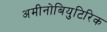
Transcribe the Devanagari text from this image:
अमीनोबियुटिरिक